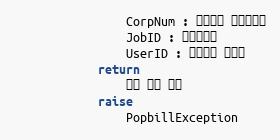
Language: Python
                CorpNum : 팝빌회원 사업자번호
                JobID : 작업아이디
                UserID : 팝빌회원 아이디
            return
                수집 상태 정보
            raise
                PopbillException